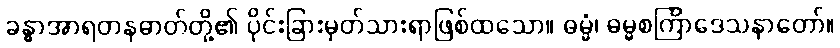
ခန္ဓာအာရတနဓာတ်တို့၏ ပိုင်းခြားမှတ်သားရာဖြစ်ထသော။ ဓမ္မံ၊ ဓမ္မစင်္ကြာဒေသနာတော်။